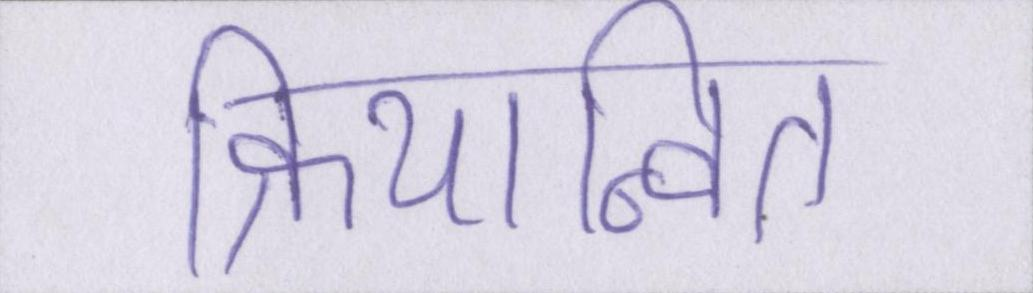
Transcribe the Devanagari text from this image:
क्रियान्वित